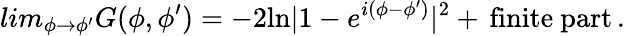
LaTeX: lim_{\phi\to\phi^{\prime}}G(\phi,\phi^{\prime})=-2\mathrm{ln}|1-e^{i(\phi-\phi^{\prime})}|^{2}+\, \mathrm{finite~part}\, .